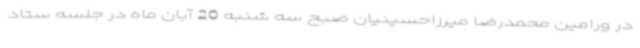
در ورامین محمدرضا میرزاحسینیان صبح سه شنبه 20 آبان ماه در جلسه ستاد